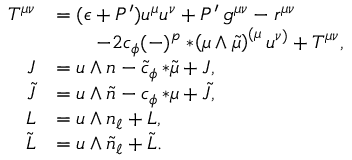
\begin{array} { r l } { T ^ { \mu \nu } } & { = ( \epsilon + P ^ { \prime } ) u ^ { \mu } u ^ { \nu } + P ^ { \prime } \, g ^ { \mu \nu } - r ^ { \mu \nu } } \\ & { \qquad - 2 c _ { \phi } ( - ) ^ { p } * \! \left( \mu \wedge \tilde { \mu } \right) ^ { ( \mu } u ^ { \nu ) } + { \cal T } ^ { \mu \nu } , } \\ { J } & { = u \wedge n - \tilde { c } _ { \phi } \, { * \tilde { \mu } } + { \cal J } , } \\ { \tilde { J } } & { = u \wedge \tilde { n } - c _ { \phi } \, { * \mu } + { \cal \tilde { J } } , } \\ { L } & { = u \wedge n _ { \ell } + { \cal L } , } \\ { \tilde { L } } & { = u \wedge \tilde { n } _ { \ell } + \tilde { \cal L } . } \end{array}